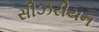
સીઝરીયન